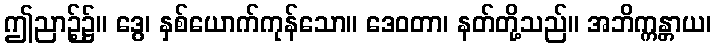
ဤညာဉ့်၌။ ဒွေ၊ နှစ်ယောက်ကုန်သော။ ဒေဝတာ၊ နတ်တို့သည်။ အဘိက္ကန္တာယ၊